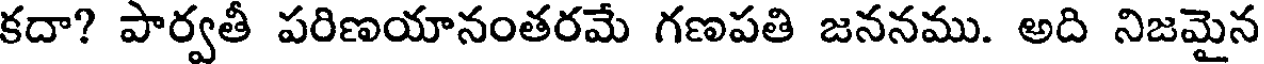
కదా? పార్వతీ పరిణయానంతరమే గణపతి జననము. అది నిజమైన